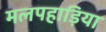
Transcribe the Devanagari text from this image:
मलपहाड़िया